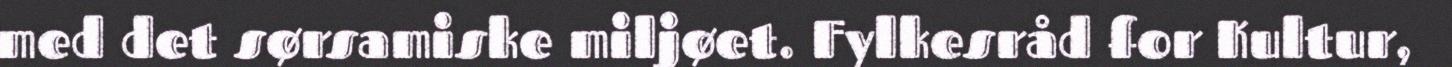
med det sørsamiske miljøet. Fylkesråd for Kultur,